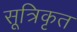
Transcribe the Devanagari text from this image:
सूत्रिकृत